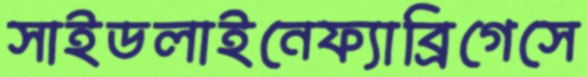
সাইডলাইনেফ্যাব্রিগেসে